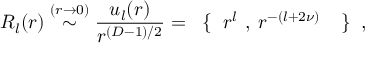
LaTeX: R _ { l } ( r ) \stackrel { ( r \rightarrow 0 ) } { \sim } \frac { u _ { l } ( r ) } { r ^ { ( { D } - 1 ) / 2 } } = \mathrm { \boldmath \large ~ \left\{ ~ \right. ~ } \! \! \! r ^ { l } \mathrm { \boldmath \large ~ , ~ } \! r ^ { - ( l + 2 \nu ) } \mathrm { \boldmath \large ~ \left. ~ \right\} ~ } \! \! \; ,